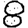
Digit: 8